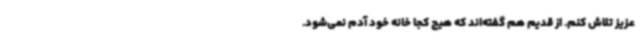
عزیز تلاش کنم. از قدیم هم گفته‌اند که هیچ کجا خانه خود آدم نمی‌شود.